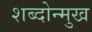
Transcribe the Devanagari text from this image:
शब्दोन्मुख